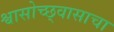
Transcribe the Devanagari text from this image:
श्वासोच्छ्वासाचा